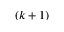
( k + 1 )